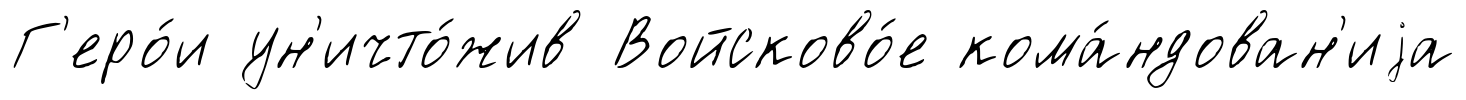
Г'еро́и ун'ичто́жив Войсково́е кома́ндован'иjа